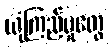
ယုံကြည်မှုတွေ